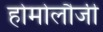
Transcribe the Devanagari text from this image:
होमोलौजी